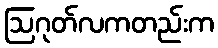
ဩဂုတ်လကတည်းက